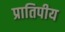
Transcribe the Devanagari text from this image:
प्रातिपीय